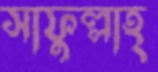
সাফুল্লাহ্